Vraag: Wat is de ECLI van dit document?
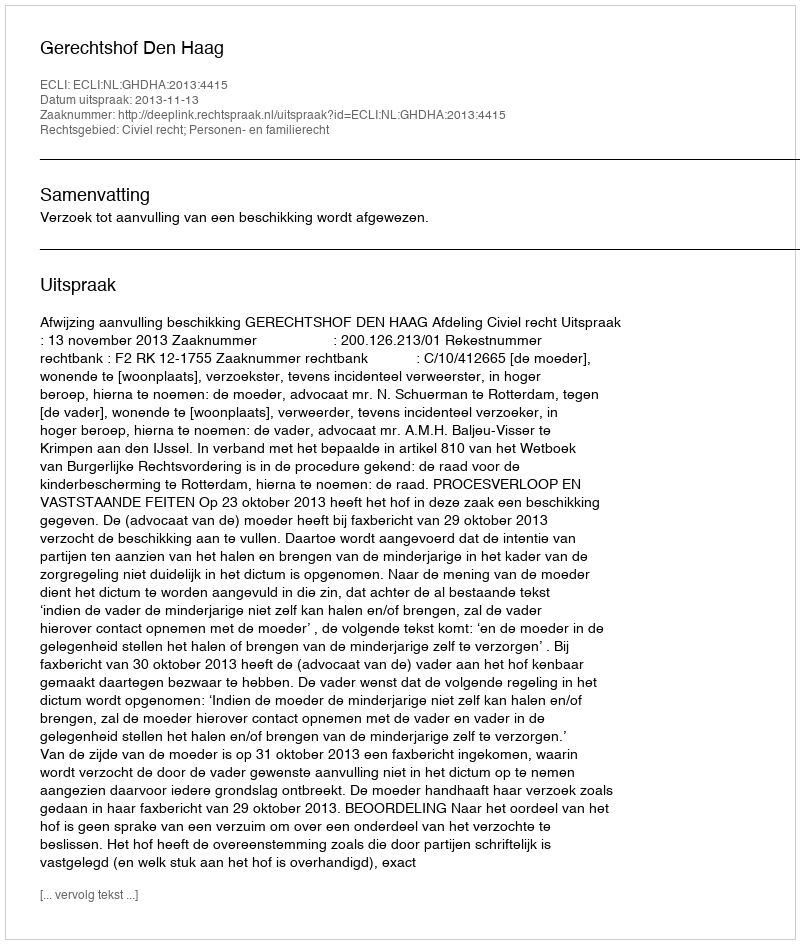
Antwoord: ECLI:NL:GHDHA:2013:4415